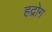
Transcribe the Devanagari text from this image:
हद्रोग